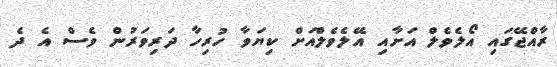
ރާއްޖޭގައި އޯލެވެލް އަށާއި އޭލެވެލްއަށް ކިޔަވާ ހުރިހާ ދަރިވަރުން ވެސް އެ ދެ